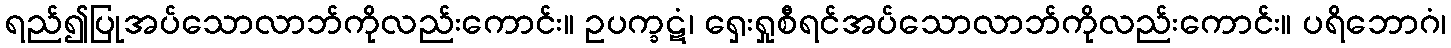
ရည်၍ပြုအပ်သောလာဘ်ကိုလည်းကောင်း။ ဥပက္ခဋံ၊ ရှေးရှုစီရင်အပ်သောလာဘ်ကိုလည်းကောင်း။ ပရိဘောဂံ၊